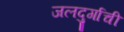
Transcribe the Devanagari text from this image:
जलदुर्गाची